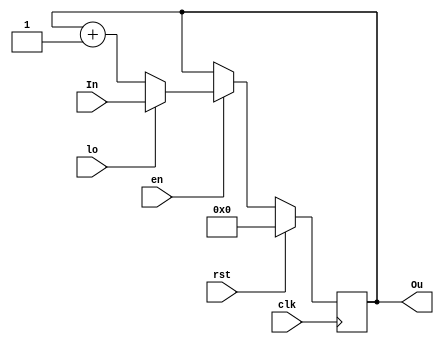
module cnt(input wire clk, en, lo, rst,
          input wire [11:0]In,
          output reg [11:0]Ou);

initial Ou = 0;
always @(posedge clk) begin
  if (rst == 1) Ou <= 12'b0;
  else if (rst == 0) begin
    if (en == 1) begin
      if (lo == 1) Ou <= In;
      else Ou <= Ou + 1'b1;
    end else if (en == 0) Ou <= Ou;
  end
end
endmodule